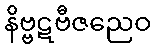
နိဗ္ဗဋဗီဇညေဝ